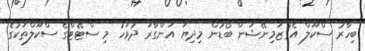
ބިހާރު ސްކޫލް އެގްޒަމިނޭޝަން ބޯޑުން މިދިޔަ އަންގާރަ ދުވަހު މި ސްޓޭޓްގެ ސްކޫލްތަކުގެ